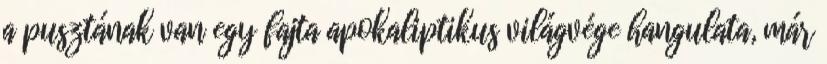
a pusztának van egy fajta apokaliptikus világvége hangulata, már